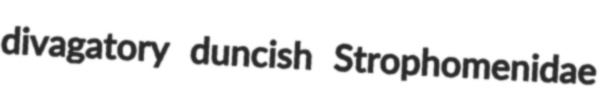
divagatory duncish Strophomenidae